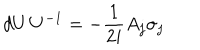
LaTeX: d U \, U ^ { - 1 } = - { \frac { 1 } { 2 i } } A _ { j } \sigma _ { j }